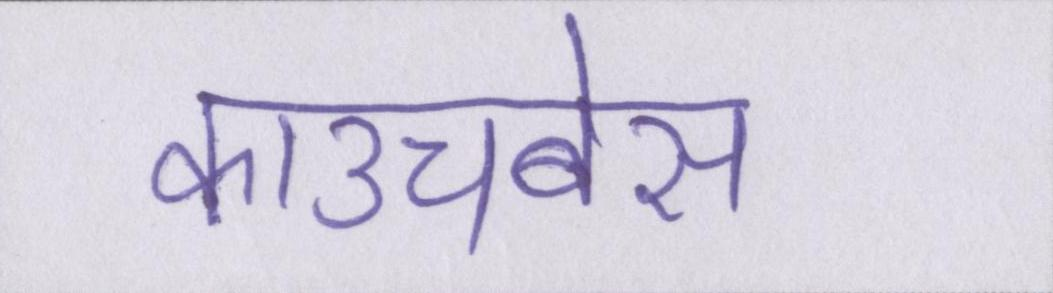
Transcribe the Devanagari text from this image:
काउचबेस